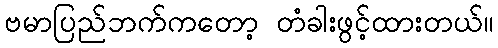
ဗမာပြည်ဘက်ကတော့ တံခါးဖွင့်ထားတယ်။